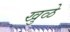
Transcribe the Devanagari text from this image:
खुळे